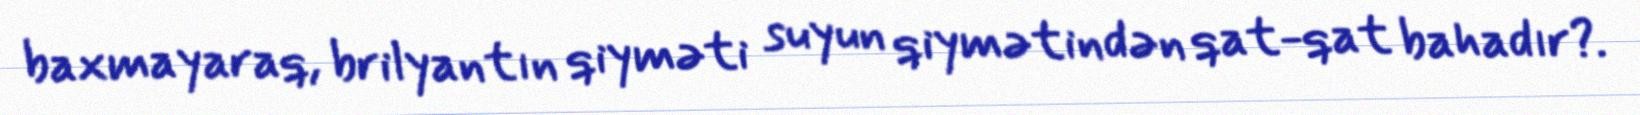
baxmayaraq, brilyantın qiyməti suyun qiymətindən qat-qat bahadır?.